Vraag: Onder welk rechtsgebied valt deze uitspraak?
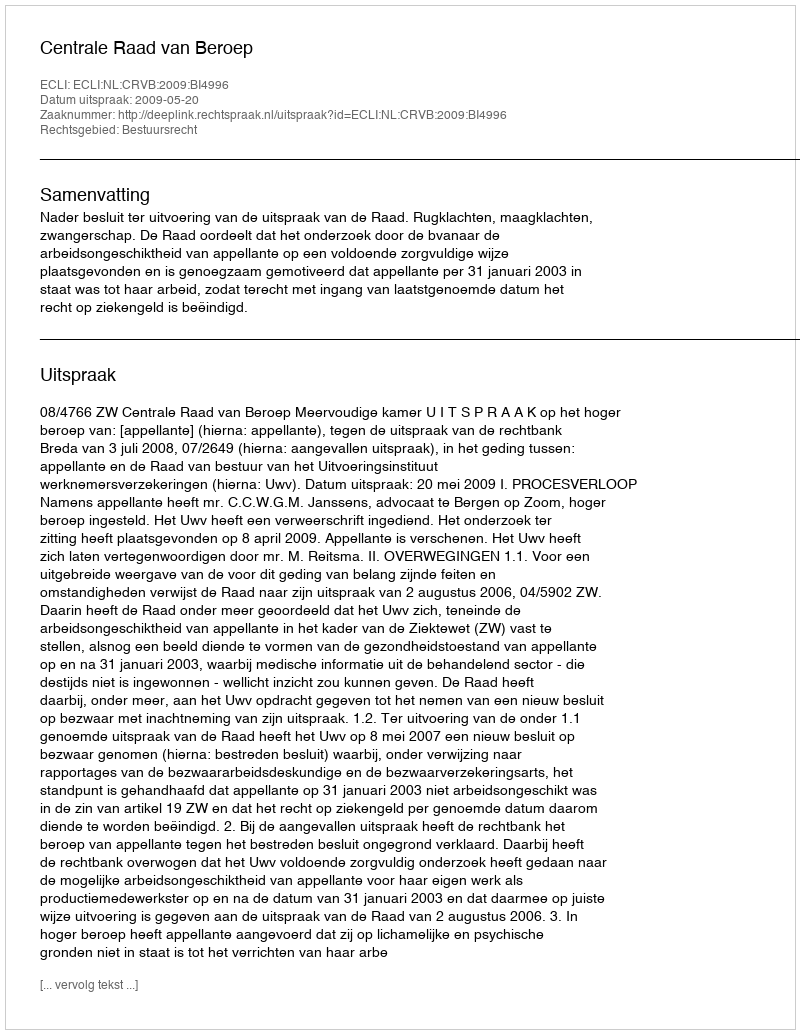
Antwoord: Bestuursrecht